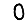
Digit: 0